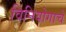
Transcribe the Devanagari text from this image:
विनियोगाचे